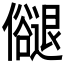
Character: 𠑉